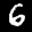
Label: 6